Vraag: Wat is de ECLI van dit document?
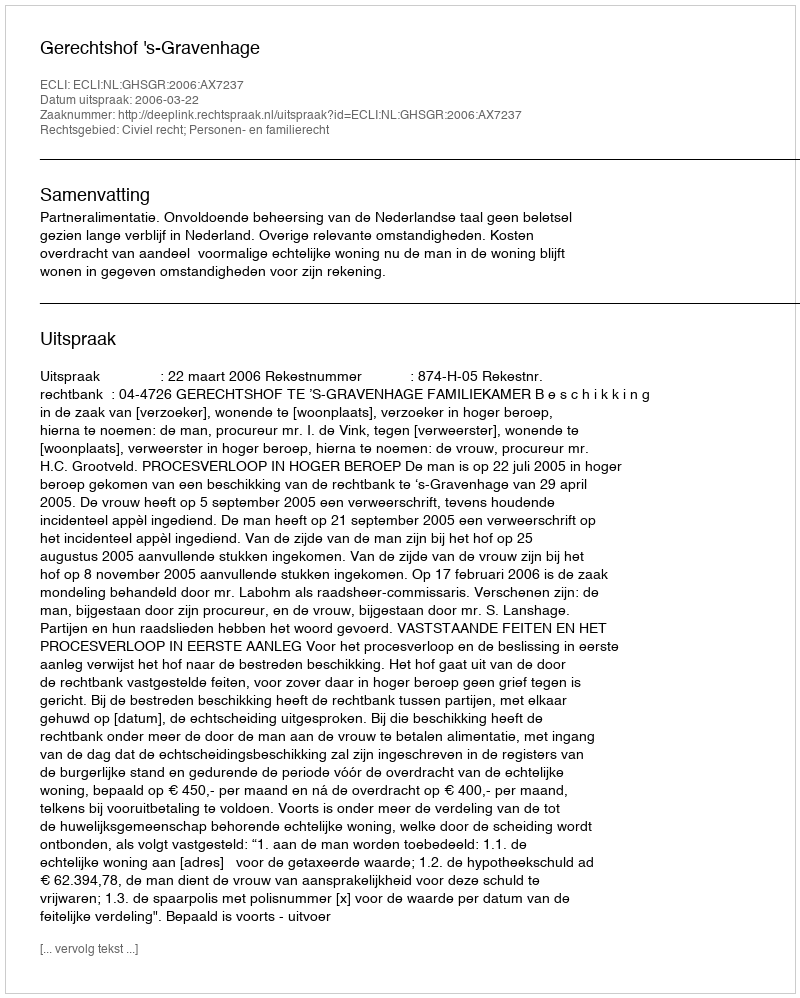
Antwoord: ECLI:NL:GHSGR:2006:AX7237